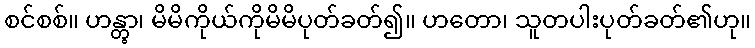
စင်စစ်။ ဟန္တွာ၊ မိမိကိုယ်ကိုမိမိပုတ်ခတ်၍။ ဟတော၊ သူတပါးပုတ်ခတ်၏ဟု။